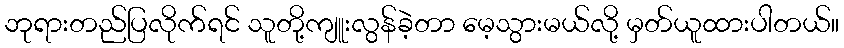
ဘုရားတည်ပြလိုက်ရင် သူတို့ကျူးလွန်ခဲ့တာ မေ့သွားမယ်လို့ မှတ်ယူထားပါတယ်။